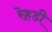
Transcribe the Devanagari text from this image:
रेहडी